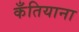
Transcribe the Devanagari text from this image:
कँतियाना